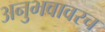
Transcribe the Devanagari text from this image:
अनुभवावरच